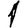
Digit: 1